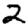
Digit: 2